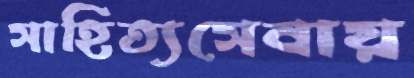
সাহিত্যসেবায়